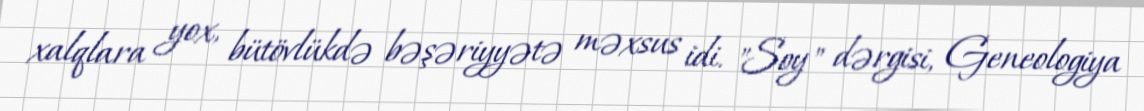
xalqlara yox, bütövlükdə bəşəriyyətə məxsus idi. "Soy" dərgisi, Geneologiya